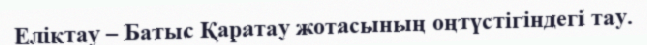
Еліктау – Батыс Қаратау жотасының оңтүстігіндегі тау.